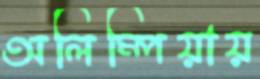
অলিম্পিয়ায়